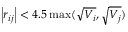
\left| \boldsymbol { r } _ { i j } \right| < 4 . 5 \operatorname* { m a x } ( \sqrt { V _ { i } } , \sqrt { V _ { j } } )